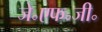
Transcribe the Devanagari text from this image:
जे॰एफ॰जी॰